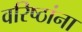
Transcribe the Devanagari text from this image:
वरिष्ठांना